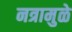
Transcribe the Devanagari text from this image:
नत्रामुळे